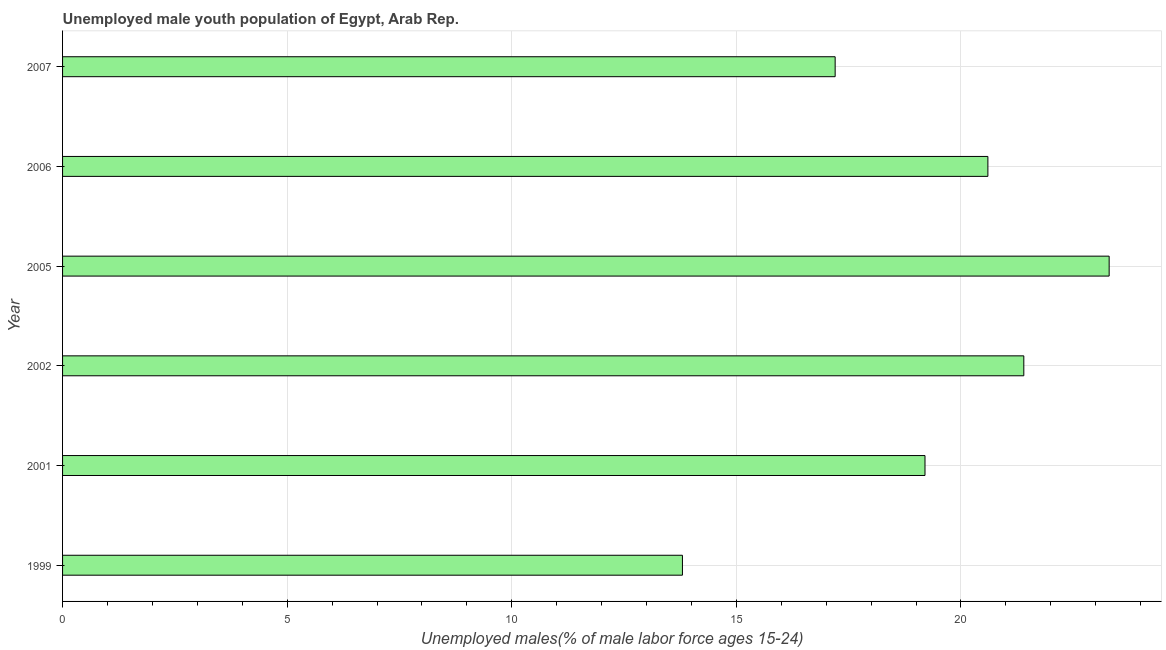
| Year | Unemployment youth male |
 | --- | --- |
 | 1999 | 13.8 |
 | 2001 | 19.2 |
 | 2002 | 21.4 |
 | 2005 | 23.3 |
 | 2006 | 20.6 |
 | 2007 | 17.2 |